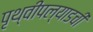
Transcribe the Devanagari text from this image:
पृथ्वीपल्याडची